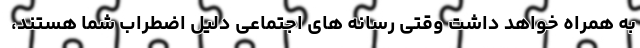
به همراه خواهد داشت وقتی رسانه های اجتماعی دلیل اضطراب شما هستند،